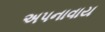
અપનાવાય